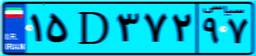
۱۵D۳۷۲۹۷